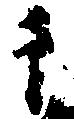
于